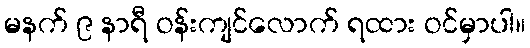
မနက် ၉ နာရီ ဝန်းကျင်လောက် ရထား ဝင်မှာပါ။